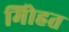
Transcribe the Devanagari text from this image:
मोिहत